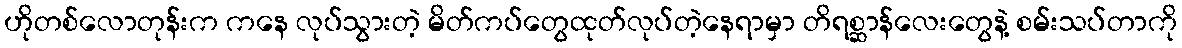
ဟိုတစ်လောတုန်းက ကနေ လုပ်သွားတဲ့ မိတ်ကပ်တွေထုတ်လုပ်တဲ့နေရာမှာ တိရစ္ဆာန်လေးတွေနဲ့ စမ်းသပ်တာကို